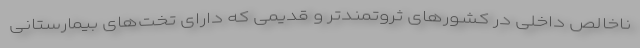
ناخالص داخلی در کشورهای ثروتمندتر و قدیمی که دارای تخت‌های بیمارستانی